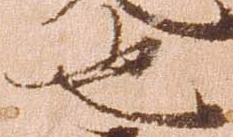
也